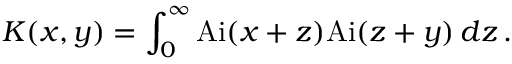
K ( x , y ) = \int _ { 0 } ^ { \infty } \mathrm { A i } ( x + z ) \mathrm { A i } ( z + y ) \, d z \, .